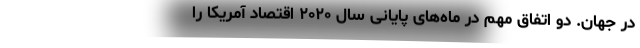
در جهان. دو اتفاقِ مهم در ماه‌های پایانی سال ۲۰۲۰ اقتصاد آمریکا را